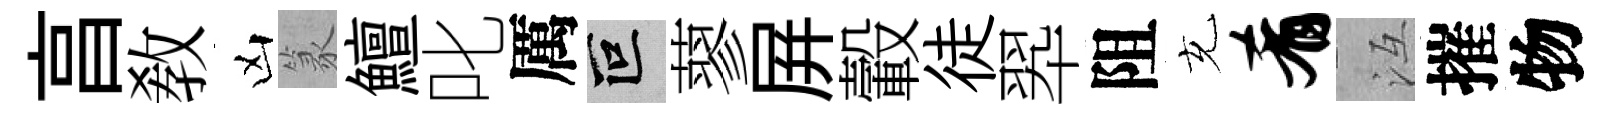
亯敎凶篆鱣叱厲叵蓼屛轂徒翆阻充肴冱摧物